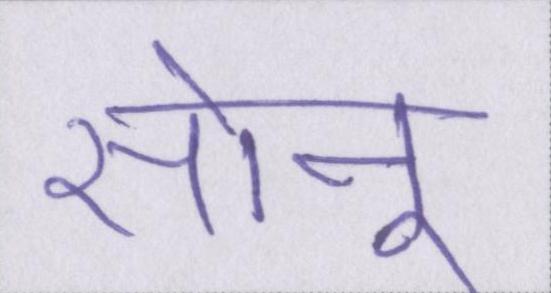
सोनू